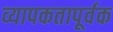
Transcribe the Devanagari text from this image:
व्यापकतापूर्वक